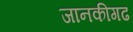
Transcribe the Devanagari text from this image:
जानकीगढ